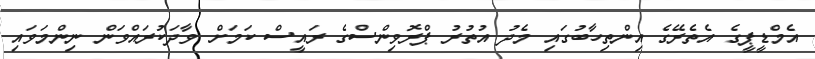
އެމްޑީޕީގެ އެތެރޭގެ އިންތިހާބުގައި މެދު އުތުރު ޕްރޮވިންސްގެ ރައީސް ކަމަށް ވާދަކުރައްވަން ނިންމަވައި